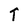
Character: T